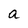
Character: a